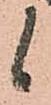
候